Indian journal of veterinary science and animal husbandry - Volumes 15-17, 1948-1951
Year: 1948
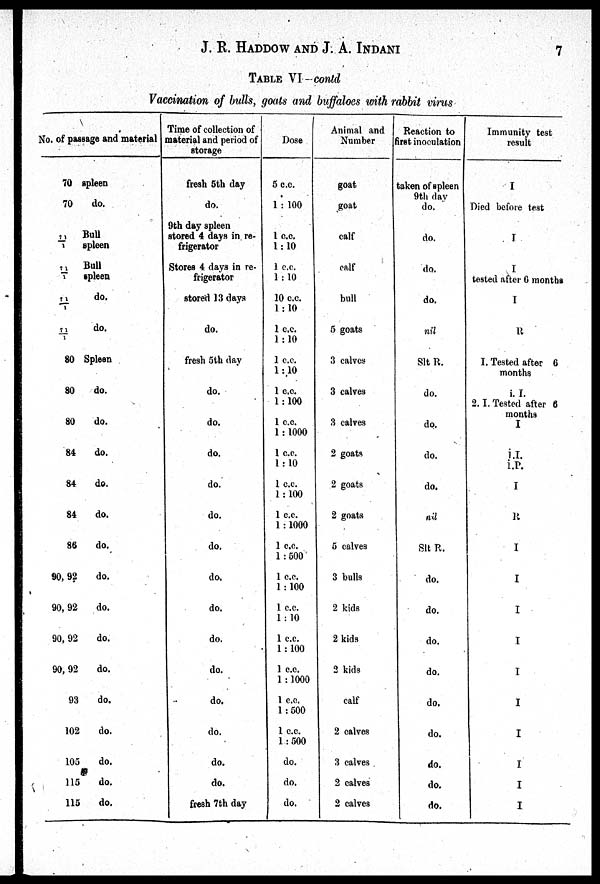
J. R. HADDOW AND J. A.
INDANI
7
TABLE VI—contd
Vaccination of bulls, goats and buffaloes with rabbit virus
No. of pas
sage and material
70
70
71/1
71/1
71/1
71/1
80
80
80
84
84
84
86
90, 92
90, 92
90, 92
90, 92
93
102
105
115
115
spleen
do.
Bull
spleen
Bull
spleen
do.
do.
Spleen
do.
do.
do.
do.
do.
do.
do.
do.
do.
do.
do.
do.
do.
do.
do.
Time of collection of
material and period of
storage
fresh 5th day
do.
9th day spleen
stored 4 days in re-
frigerator
Stores 4 days in re-
frigerator
stored 13 days
do.
fresh 5th day
do.
do.
do.
do.
do.
do.
do.
do.
do.
do.
do.
do.
do.
do.
fresh 7th day
Dose
5 c.c.
1 : 100
1 c.c.
1 : 10
1 c.c.
1 : 10
10 c.c.
1 : 10
1 c.c.
1 : 10
1 c.c.
1 : 10
1 c.c.
1 : 100
1 c.c.
1 : 1000
1 c.c.
1 : 10
1 c.c.
1 : 100
1 c.c.
1 : 1000
1 c.c.
1 : 500
1 c.c.
1 : 100
1 c.c.
1 : 10
1 c.c.
1 : 100
1 c.c.
1 : 1000
1 c.c.
1 : 500
1 c.c.
1 : 500
do.
do.
do.
Animal and
Number
goat
goat
calf
calf
bull
5 goats
3 calves
3 calves
3 calves
2 goats
2 goats
2 goats
5 calves
3 bulls
2 kids
2 kids
2 kids
calf
2 calves
3 calves
2 calves
2 calves
Reaction to
first inoculation
taken of spleen
9th day
do.
do.
do.
do.
nil
Slt R.
do.
do.
do.
do.
nil
Slt R.
do.
do.
do.
do.
do.
do.
do.
do.
do.
Immunity test
result
I
Died before test
I
I
tested after 6 months
I
R
I. Tested after 6
months
i. I.
2. I. Tested after 6
months
I
1.I.
1.P.
I
R
I
I
I
I
I
I
I
I
I
I